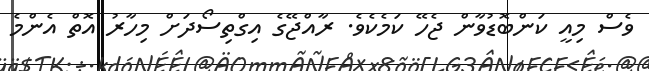
ވެސް މިއީ ކަންބޮޑުވާން ޖެހޭ ކަމެކެވެ. ރާއްޖޭގެ އިގްތިސޯދަށް މިހާރު އޮތް އެންމެ